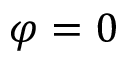
\varphi = 0